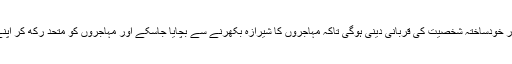
اب مہاجر قیادت کو اپنی اَنا اور خودساختہ شخصیت کی قربانی دینی ہوگی تاکہ مہاجروں کا شیرازہ بکھرنے سے بچایا جاسکے اور مہاجروں کو متحد رکھ کر اپنے حقوق حاصل کئے جاسکیں۔